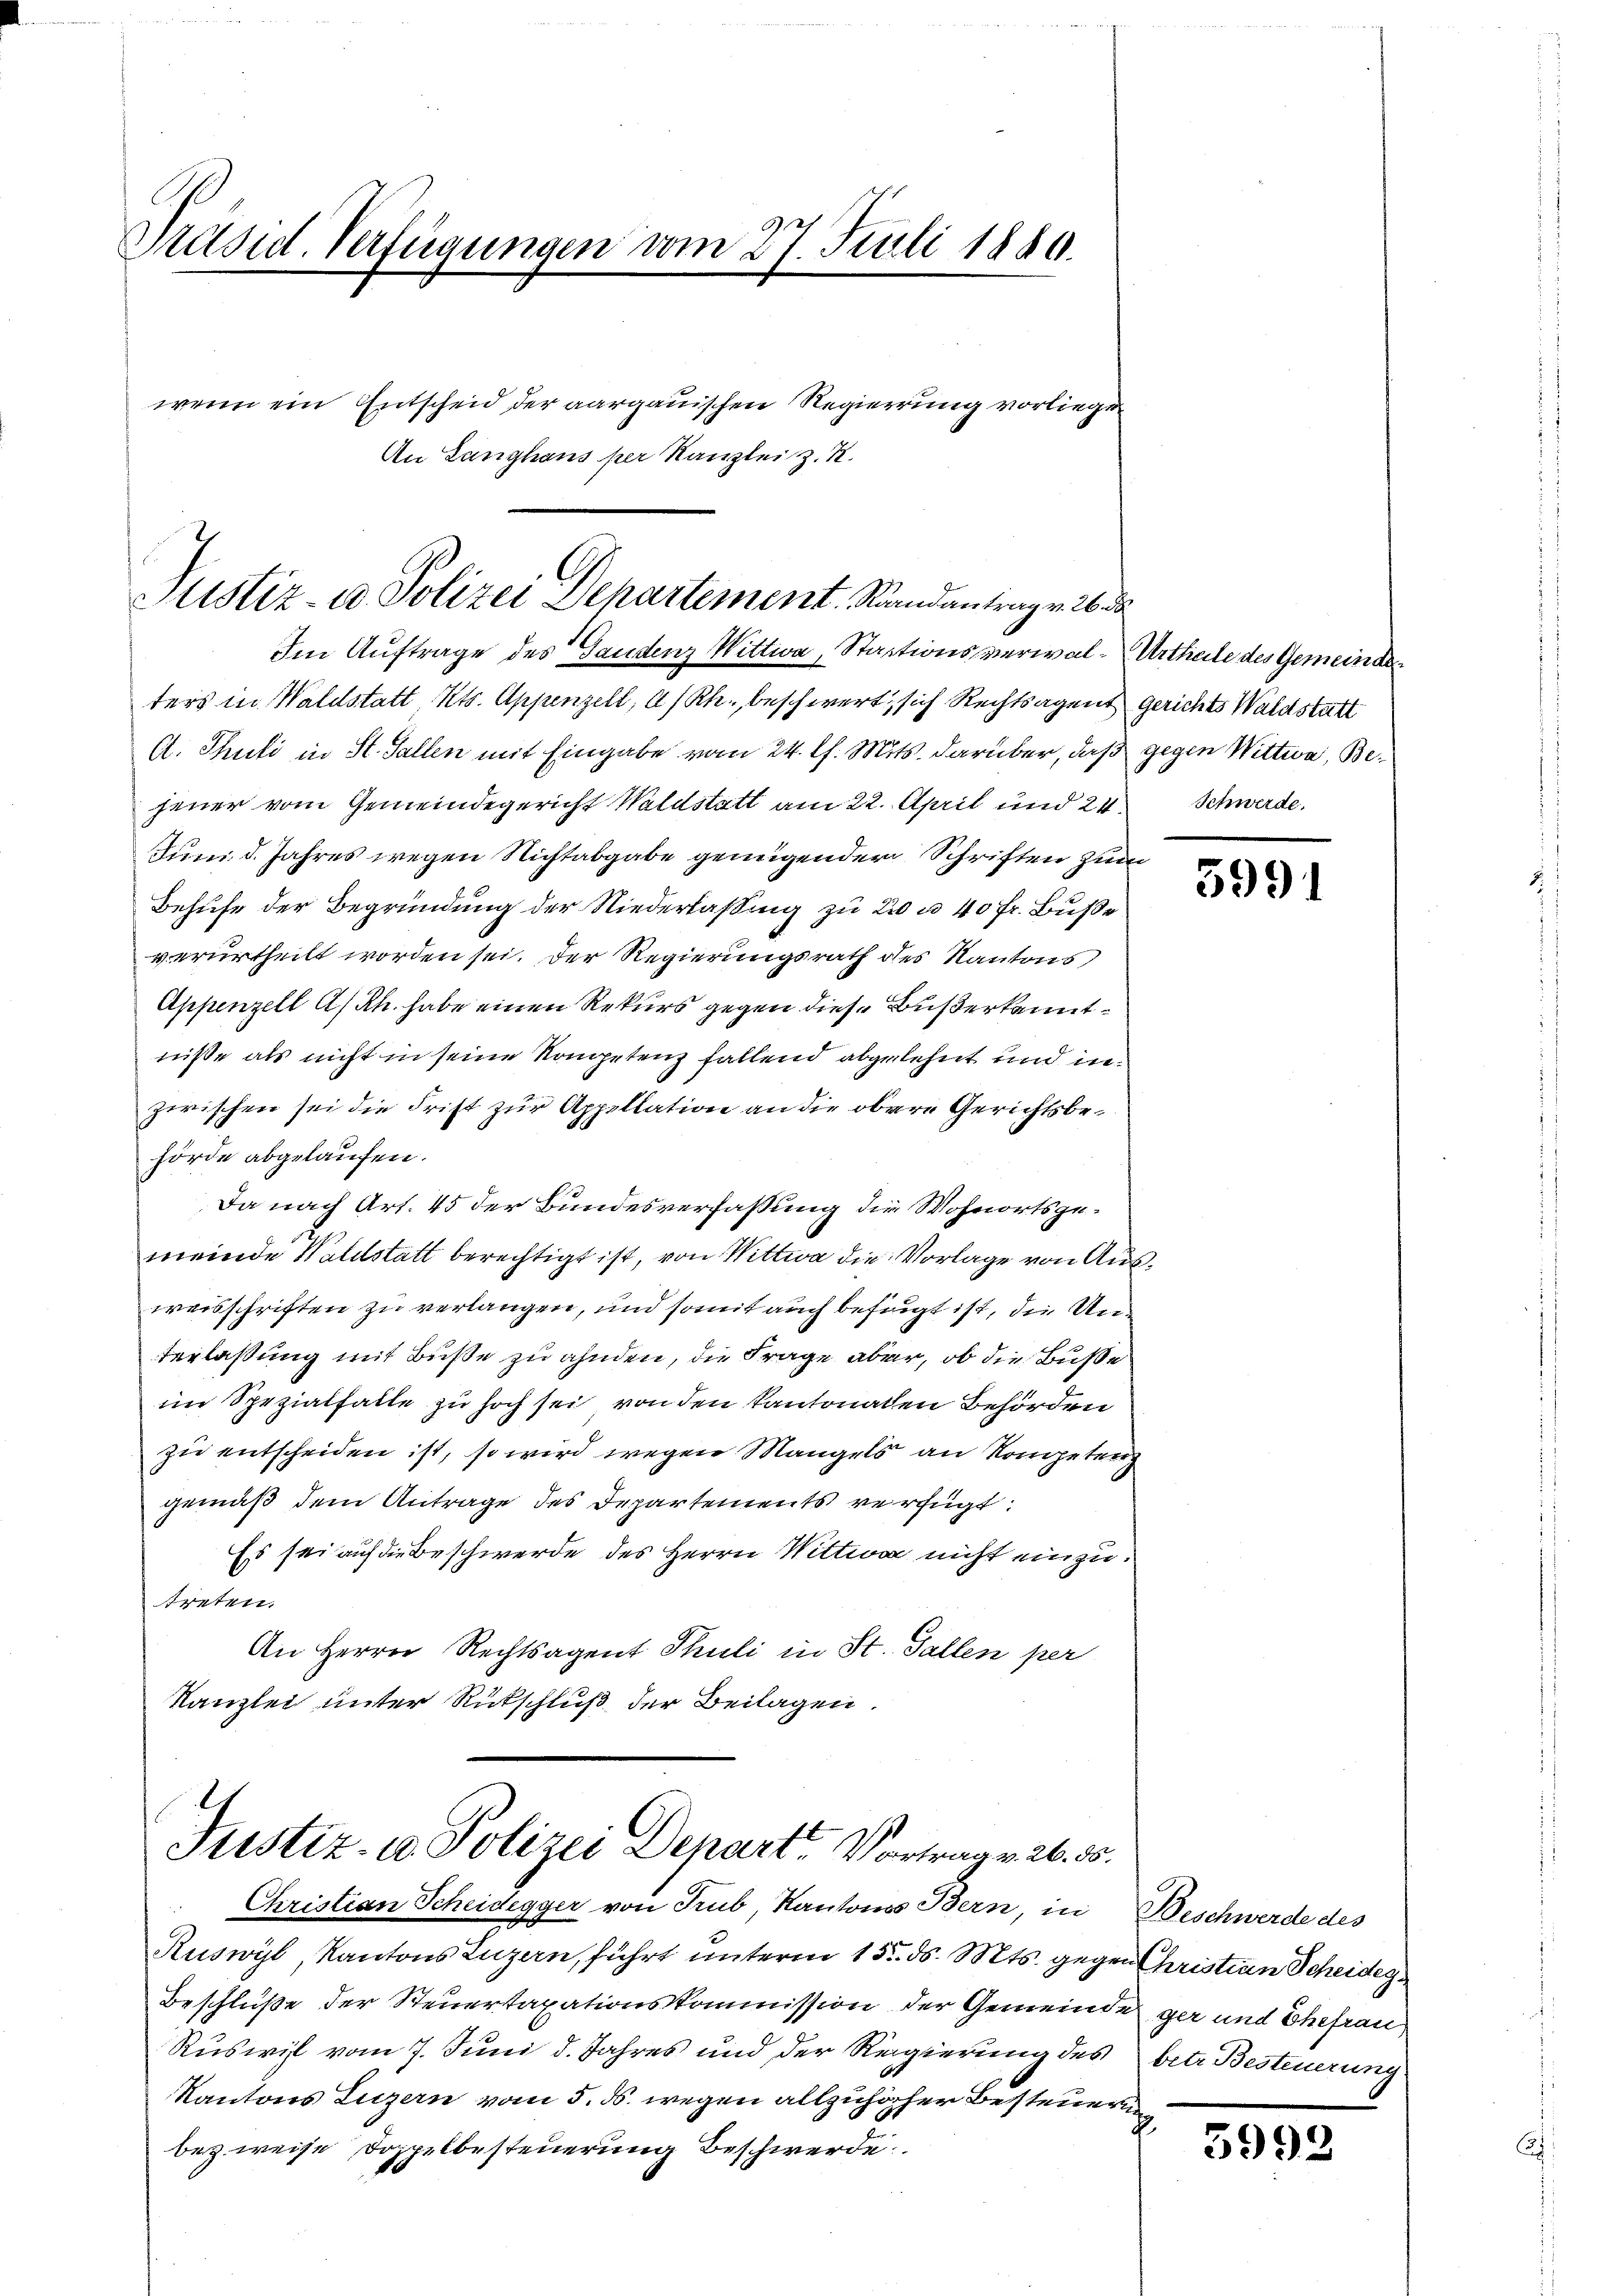
Präsid. Verfügungen vom 27. Juli 1880.
wenn ein Entscheid der aargauischen Regierung vorliegen
An Langhaus per Kanzlei z. R.

Justiz- u. Polizei Departement. Randantrag v. 26 de
Im Auftrage des Gandenz Wittwa, Stactionsverwal-Urtheile des Gemeindes

ters in Waldstatt Kts. Appenzell, A/Rh., beschwert, sich Rechtsagent gerichts Waldstatt
A. Thuti in St. Gallen mit Eingabe vom 24. lt. Mits. darüber, daß gegen Wittwa, Bejener vom Gemeindegericht Waldstatt am 22. April und 24 Schwerde.
Juni d. Jahres wegen Nichtabgabe genügender Schriften zum
Behufe der Begründung der Niederlassung zu 20 u. 40 Fr. Buße
verurtheilt worden sei. Der Regierungsrath des Kantons
Appenzell A/Rh. habe einen Rekurs gegen diese Bußerkanntniße als nicht in seine Kompetenz fallend abgelehnt und in
zwischen sei die Frist zur Appellation an die obere Gerichtsbehörde abgelaufen.
Da nach Art. 45 der Bundesverfassung die Wohnortsgemeinde Waldstatt berechtigt ist, von Wittwa die Vorlage von Ausweisschriften zu verlangen, und somit auch befugt ist, die Unverlaßung mit Buße zu ahnden, die Frage aber, ob die Buße
im Spezialfalle zu hoch sei von den Kantonalen Behörden
zu entscheiden ist, so wird wegen Mangels an Kompeten
gemäß dem Antrage des Departements verfügt:
Es sei auf die Beschwerde des Herrn Wittwa nicht einzutreten.
An Herrn Rechtsagent Thuli in St. Gallen per
Kanzlei unter Rückschluß der Beilagen

1
Justiz- u. Polizei Depart. Vortrag v. 26. 55.
Christian Scheidegger von Trub, Kantons Bern, in Beschwerde des

Ruswyl, Kantons Luzern, führt unterm 15. ds. Mts. gegen Christian Scheideg¬
Beschluße der Steuertaxationskommission der Gemeinde gar und Ehefrau
Ruswil vom 7. Juni d. Jahres und der Regierung des betr. Besteuerung
Kantons Luzern vom 5. ds. wegen allzuhöher Besteuern
i
bezweise Doppelbesteuerung Beschwerde.

5991

3992